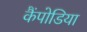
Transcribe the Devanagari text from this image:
कैंपोडिया